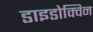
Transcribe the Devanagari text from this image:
डाइडोक्विन